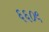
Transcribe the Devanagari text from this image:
६६०९